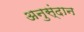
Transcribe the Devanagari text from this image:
अनुस्ंदान